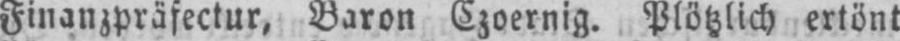
Finanzpräfectur, Baron Czoernig. Plötzlich ertönt